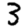
Digit: 3